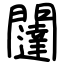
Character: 闥